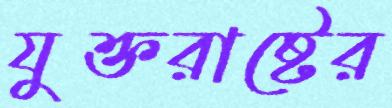
যুক্তরাষ্টের